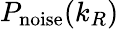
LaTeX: P_{\textrm{noise}}(k_{R})